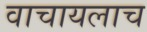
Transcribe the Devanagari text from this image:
वाचायलाच